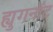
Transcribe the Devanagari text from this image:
ह्युगनॉट